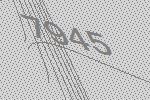
7945